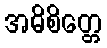
အဓိစိတ္တေ